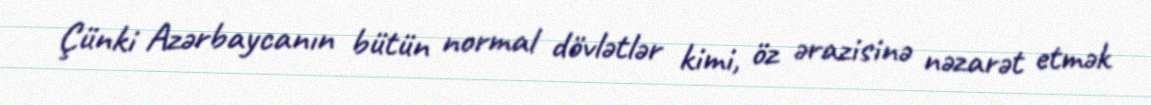
Çünki Azərbaycanın bütün normal dövlətlər kimi, öz ərazisinə nəzarət etmək